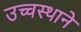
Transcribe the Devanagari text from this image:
उच्चस्थाने